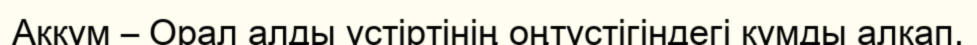
Аққұм – Орал алды үстіртінің оңтүстігіндегі құмды алқап.